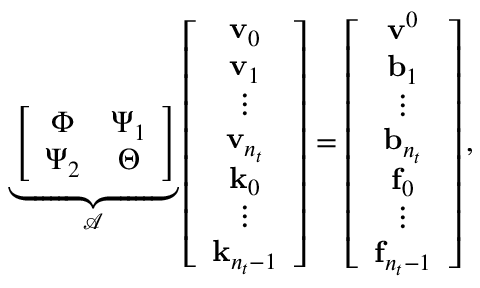
\underbrace { \left[ \begin{array} { c c } { \Phi } & { \Psi _ { 1 } } \\ { \Psi _ { 2 } } & { \Theta } \end{array} \right] } _ { \mathcal { A } } \left[ \begin{array} { c } { \mathbf { v } _ { 0 } } \\ { \mathbf { v } _ { 1 } } \\ { \vdots } \\ { \mathbf { v } _ { n _ { t } } } \\ { \mathbf { k } _ { 0 } } \\ { \vdots } \\ { \mathbf { k } _ { n _ { t } - 1 } } \end{array} \right] = \left[ \begin{array} { c } { \mathbf { v } ^ { 0 } } \\ { \mathbf { b } _ { 1 } } \\ { \vdots } \\ { \mathbf { b } _ { n _ { t } } } \\ { \mathbf { f } _ { 0 } } \\ { \vdots } \\ { \mathbf { f } _ { n _ { t } - 1 } } \end{array} \right] ,